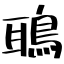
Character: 鵈